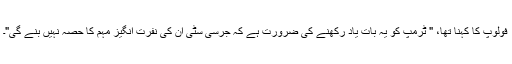
فولوپ کا کہنا تھا، " ٹرمپ کو یہ بات یاد رکھنے کی ضرورت ہے کہ جرسی سٹی اُن کی نفرت انگیز مہم کا حصہ نہیں بنے گی"۔